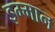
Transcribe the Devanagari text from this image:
इम्मान